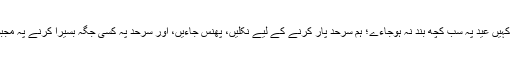
ہمِیں ڈر تھا کہ کہیں عید پہ سب کچھ بند نہ ہوجاءے؛ ہم سرحد پار کرنے کے لیے نکلیں، پھنس جاءیں، اور سرحد پہ کسی جگہ بسیرا کرنے پہ مجبور نہ ہوجاءیں۔